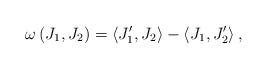
LaTeX: \begin{align*}\omega\left( J_{1},J_{2}\right) =\left\langle J_{1}^{\prime},J_{2}\right\rangle -\left\langle J_{1},J_{2}^{\prime}\right\rangle ,\end{align*}